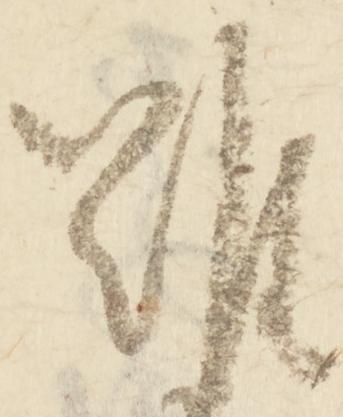
難